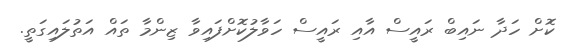
ކޮށް ހަދާ ނައިބް ރައީސް އާއި ރައީސް ހަވާލުކޮށްފައިވާ ޒިންމާ ތައް އަތުލައިގަތީ.